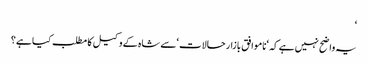
‘
یہ واضح نہیں ہے کہ ‘ناموافق بازار حالات ‘سے شاہ کے وکیل کا مطلب کیا ہے؟